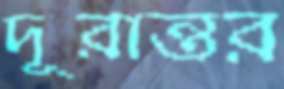
দূরান্তর